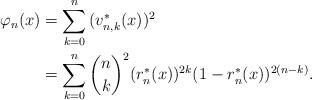
LaTeX: \begin{align*}\varphi_{n}(x)&=\sum^{n}_{k=0}{(v^*_{n,k}(x))^2}\\&=\sum^{n}_{k=0}{\binom{n}{k}^2(r^*_{n}(x))^{2k}(1-r^*_{n}(x))^{2(n-k)}}.\end{align*}